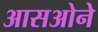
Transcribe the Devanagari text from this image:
आसओने